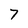
Character: 7